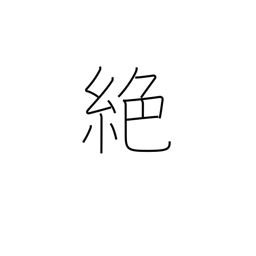
Meaning: interrupt